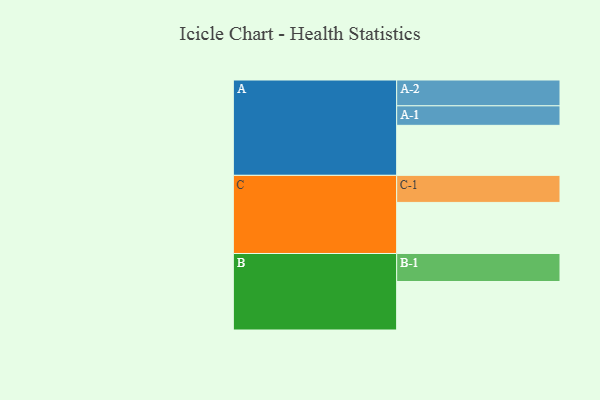
{"axis": {"x": "Segment", "y": "Value"}, "legend": ["", "A", "B", "C"], "data": [{"x": "A", "y": 523, "type": ""}, {"x": "B", "y": 507, "type": ""}, {"x": "C", "y": 534, "type": ""}, {"x": "A-1", "y": 204, "type": "A"}, {"x": "A-2", "y": 270, "type": "A"}, {"x": "B-1", "y": 293, "type": "B"}, {"x": "C-1", "y": 283, "type": "C"}]}